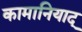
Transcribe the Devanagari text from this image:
कामानियाद्